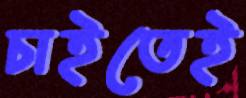
চাইতেই